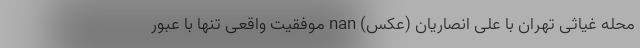
محله غیاثی تهران با علی انصاریان (عکس) nan موفقیت واقعی تنها با عبور